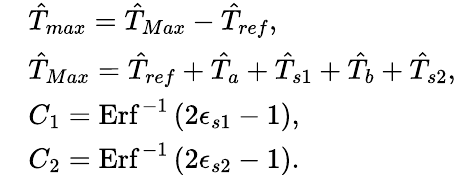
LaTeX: \begin{array}{rl}&{\hat{T}_{max}=\hat{T}_{Max}-\hat{T}_{ref},}\\ &{\hat{T}_{Max}=\hat{T}_{ref}+\hat{T}_{a}+\hat{T}_{s1}+\hat{T}_{b}+\hat{T}_{s2},}\\ &{{C_{1}=\mathrm{Erf}^{-1}\left(2\epsilon_{s1}-1\right),}}\\ &{{C_{2}=\mathrm{Erf}^{-1}\left(2\epsilon_{s2}-1\right)}.}\end{array}